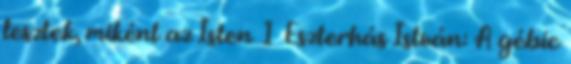
lesztek, miként az Isten 1 Eszterhás István: A gébic